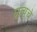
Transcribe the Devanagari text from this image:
म्रृत्यूचे